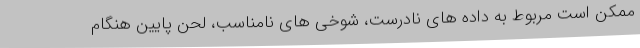
ممکن است مربوط به داده های نادرست، شوخی های نامناسب، لحن پایین هنگام